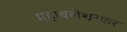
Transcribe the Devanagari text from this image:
महाबलेश्वरकर